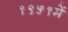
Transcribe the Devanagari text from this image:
१९५१में